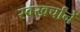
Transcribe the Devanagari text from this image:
स्वखर्चांनें